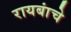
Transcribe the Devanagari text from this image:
रायबांचे